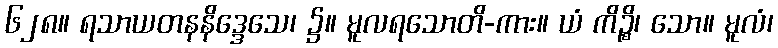
၆၂၈။ ရသာယတနနိဒ္ဒေသေ၊ ၌။ မူလရသောတိ-ကား။ ယံ ကိဉ္စိ၊ သော။ မူလံ၊